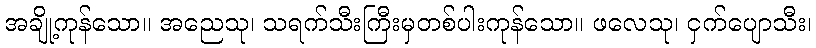
အချို့ကုန်သော။ အညေသု၊ သရက်သီးကြီးမှတစ်ပါးကုန်သော။ ဖလေသု၊ ငှက်ပျောသီး၊